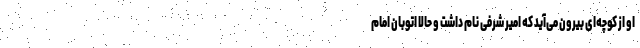
او از کوچه‌ای بیرون می‌آید که امیر شرفی نام داشت و حالا اتوبان امام